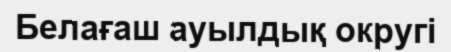
Белағаш ауылдық округі